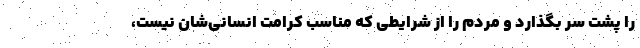
را پشت ‌سر بگذارد و مردم را از شرایطی که مناسب کرامت انسانی‌شان نیست،